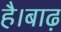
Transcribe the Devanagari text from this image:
है।बाढ़